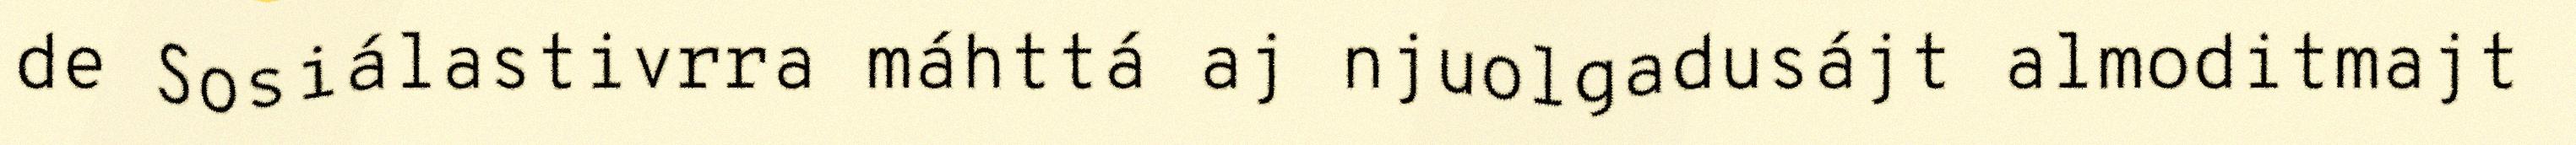
de Sosiálastivrra máhttá aj njuolgadusájt almoditmajt